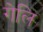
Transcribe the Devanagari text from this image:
गेलि